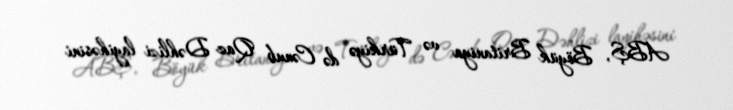
ABŞ, Böyük Britaniya və Türkiyə də Cənub Qaz Dəhlizi layihəsini